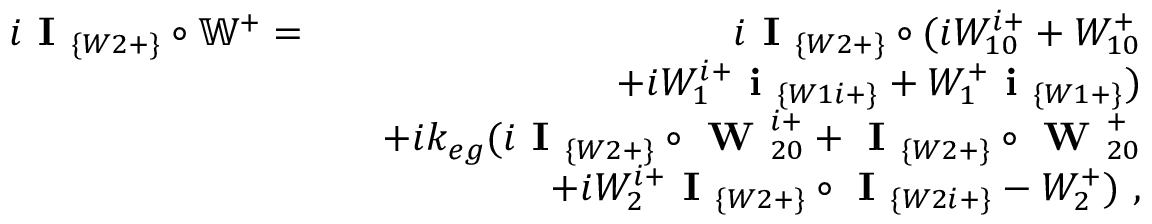
\begin{array} { r l r } { i \textbf { I } _ { \{ W 2 + \} } \circ \mathbb { W } ^ { + } = } & { } & { i \textbf { I } _ { \{ W 2 + \} } \circ ( i W _ { 1 0 } ^ { i + } + W _ { 1 0 } ^ { + } } \\ & { } & { ~ ~ ~ ~ ~ ~ + i W _ { 1 } ^ { i + } \textbf { i } _ { \{ W 1 i + \} } + W _ { 1 } ^ { + } \textbf { i } _ { \{ W 1 + \} } ) } \\ & { } & { + i k _ { e g } ( i \textbf { I } _ { \{ W 2 + \} } \circ \textbf { W } _ { 2 0 } ^ { i + } + \textbf { I } _ { \{ W 2 + \} } \circ \textbf { W } _ { 2 0 } ^ { + } } \\ & { } & { ~ ~ ~ ~ ~ ~ + i W _ { 2 } ^ { i + } \textbf { I } _ { \{ W 2 + \} } \circ \textbf { I } _ { \{ W 2 i + \} } - W _ { 2 } ^ { + } ) ~ , } \end{array}